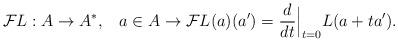
LaTeX: \begin{align*}{\mathcal F}{L}: A \to A^*, \; \; \; a \in A \to {\mathcal F}{L}(a)(a') = \frac{d}{dt}\Big|_{t=0} L(a + ta').\end{align*}